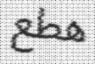
ھطع